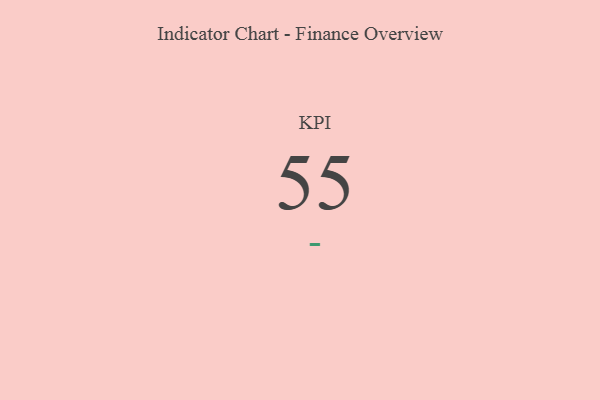
{"axis": {"x": "KPI", "y": "Value"}, "legend": [""], "data": [{"x": "KPI", "y": 55, "type": ""}]}